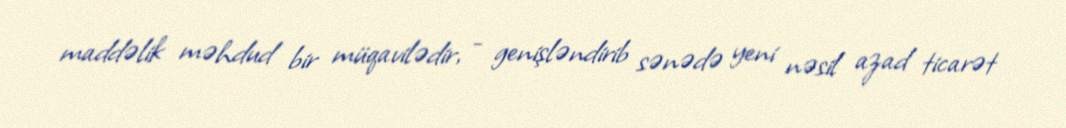
maddəlik məhdud bir müqavilədir, - genişləndirib sənədə yeni nəsil azad ticarət